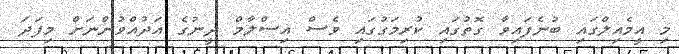
މި އީމެއިލްގައި ބުނެފައިވާ ގޮތުގައި ކުރިމަގުގައި ވެސް އިސްލާމް ދީނުގެ އަދުއްވުންނަށް މިފަދަ